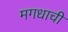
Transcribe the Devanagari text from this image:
मगधाची